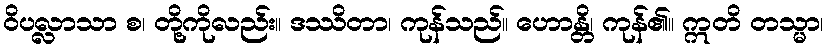
ဝိပလ္လာသာ စ၊ တို့ကိုလည်း။ ဒဿိတာ၊ ကုန်သည်။ ဟောန္တိ၊ ကုန်၏။ ဣတိ တသ္မာ၊